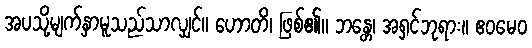
အပသို့မျက်နှာမူသည်သာလျှင်။ ဟောတိ၊ ဖြစ်၏။ ဘန္တေ၊ အရှင်ဘုရား။ ဧဝမေဝ